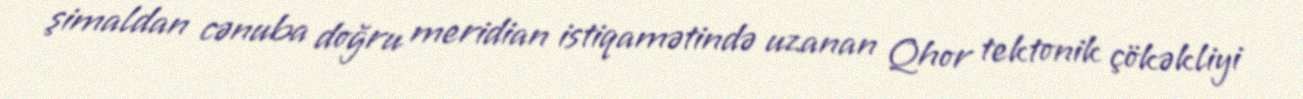
şimaldan cənuba doğru meridian istiqamətində uzanan Qhor tektonik çökəkliyi